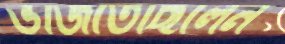
ভজিতেছিলেন